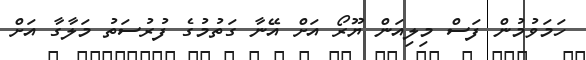
ހަމަވުމުން ފަސް މިލިއަން ޔޫރޯ އަށް އޭނާ ގަތުމުގެ ފުރުސަތު މަލާގާ އަށް